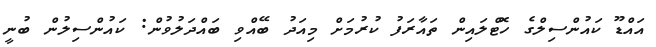
އައްޑޫ ކައުންސިލްގެ ހޮޓްލައިން ތައާރަފު ކުރުމަށް މިއަދު ބޭއްވި ބައްދަލުވުން: ކައުންސިލުން ބުނީ